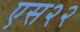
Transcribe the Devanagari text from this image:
एस२२